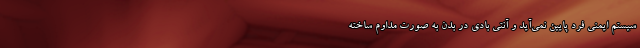
سیستم ایمنی فرد پایین نمی‌آید و آنتی بادی در بدن به صورت مداوم ساخته